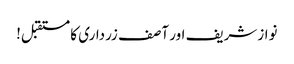
نوازشریف اور آصف زرداری کا مستقبل!